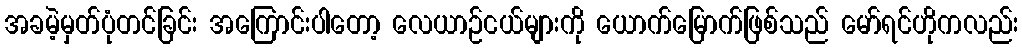
အခမဲ့မှတ်ပုံတင်ခြင်း အကြောင်းပါတော့ လေယာဉ်ငယ်များကို ယောက်မြောက်ဖြစ်သည် မော်ရင်ဟိုကလည်း